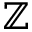
\mathbb { Z }